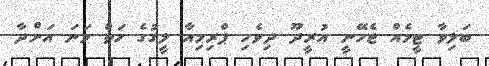
ބަލިވާ ޓީމެއް ޖެހޭނީ އުރީދޫ ދިވެހި ޕްރިމިއާ ލީގުގެ ހަތް ވަނަ އަށްދާ